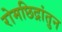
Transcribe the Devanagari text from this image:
रोमछिद्रांतुन